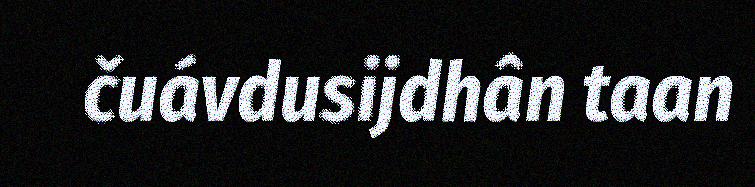
čuávdusijdhân taan